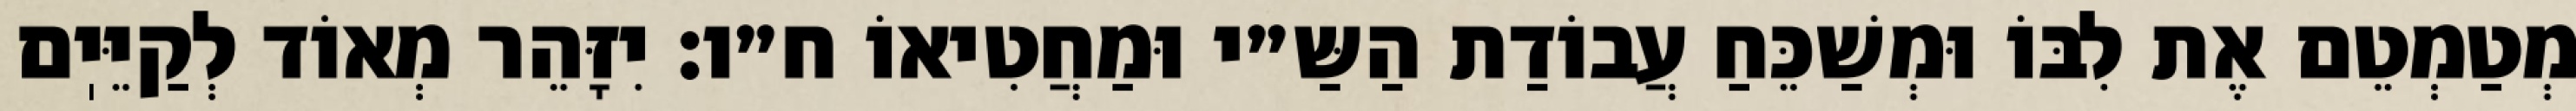
מְטַמְטֵם אֶת לִבּוֹ וּמְשַׁכֵּחַ עֲבוֹדַת הַשַּ״י וּמַחֲטִיאוֹ ח״ו: יִזָּהֵר מְאוֹד לְקַיֵּיֽם